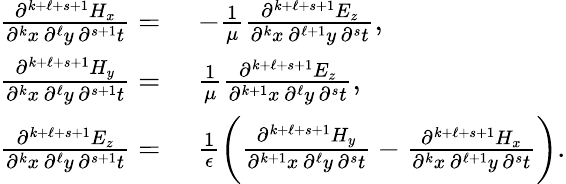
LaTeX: \begin{array}{rl}{\frac{\partial^{k+\ell+s+1}H_{x}}{\partial^{k}x\, \partial^{\ell}y\, \partial^{s+1}t}=}&{\, \, -\frac{1}{\mu}\frac{\partial^{k+\ell+s+1}E_{z}}{\partial^{k}x\, \partial^{\ell+1}y\, \partial^{s}t},}\\ {\frac{\partial^{k+\ell+s+1}H_{y}}{\partial^{k}x\, \partial^{\ell}y\, \partial^{s+1}t}=}&{\, \, \frac{1}{\mu}\frac{\partial^{k+\ell+s+1}E_{z}}{\partial^{k+1}x\, \partial^{\ell}y\, \partial^{s}t},}\\ {\frac{\partial^{k+\ell+s+1}E_{z}}{\partial^{k}x\, \partial^{\ell}y\, \partial^{s+1}t}=}&{\, \, \frac{1}{\epsilon}\bigg(\frac{\partial^{k+\ell+s+1}H_{y}}{\partial^{k+1}x\, \partial^{\ell}y\, \partial^{s}t}-\frac{\partial^{k+\ell+s+1}H_{x}}{\partial^{k}x\, \partial^{\ell+1}y\, \partial^{s}t}\bigg).}\end{array}